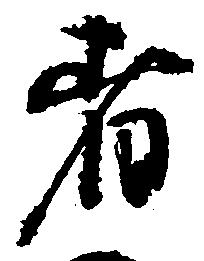
者